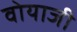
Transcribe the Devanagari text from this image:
वोयाजी